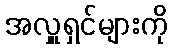
အလှူရှင်များကို